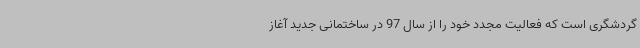
گردشگری است که فعالیت مجدد خود را از سال 97 در ساختمانی جدید آغاز